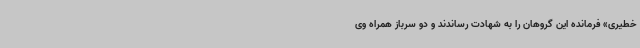
خطیری» فرمانده این گروهان را به شهادت رساندند و دو سرباز همراه وی